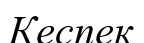
Кеспек